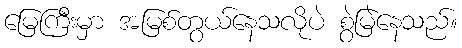
မြေကြီးမှာ အမြစ်တွယ်နေသလိုပဲ စွဲမြဲနေသည်။